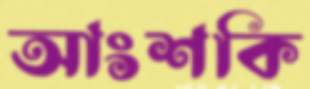
আংশকি